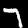
Label: 7